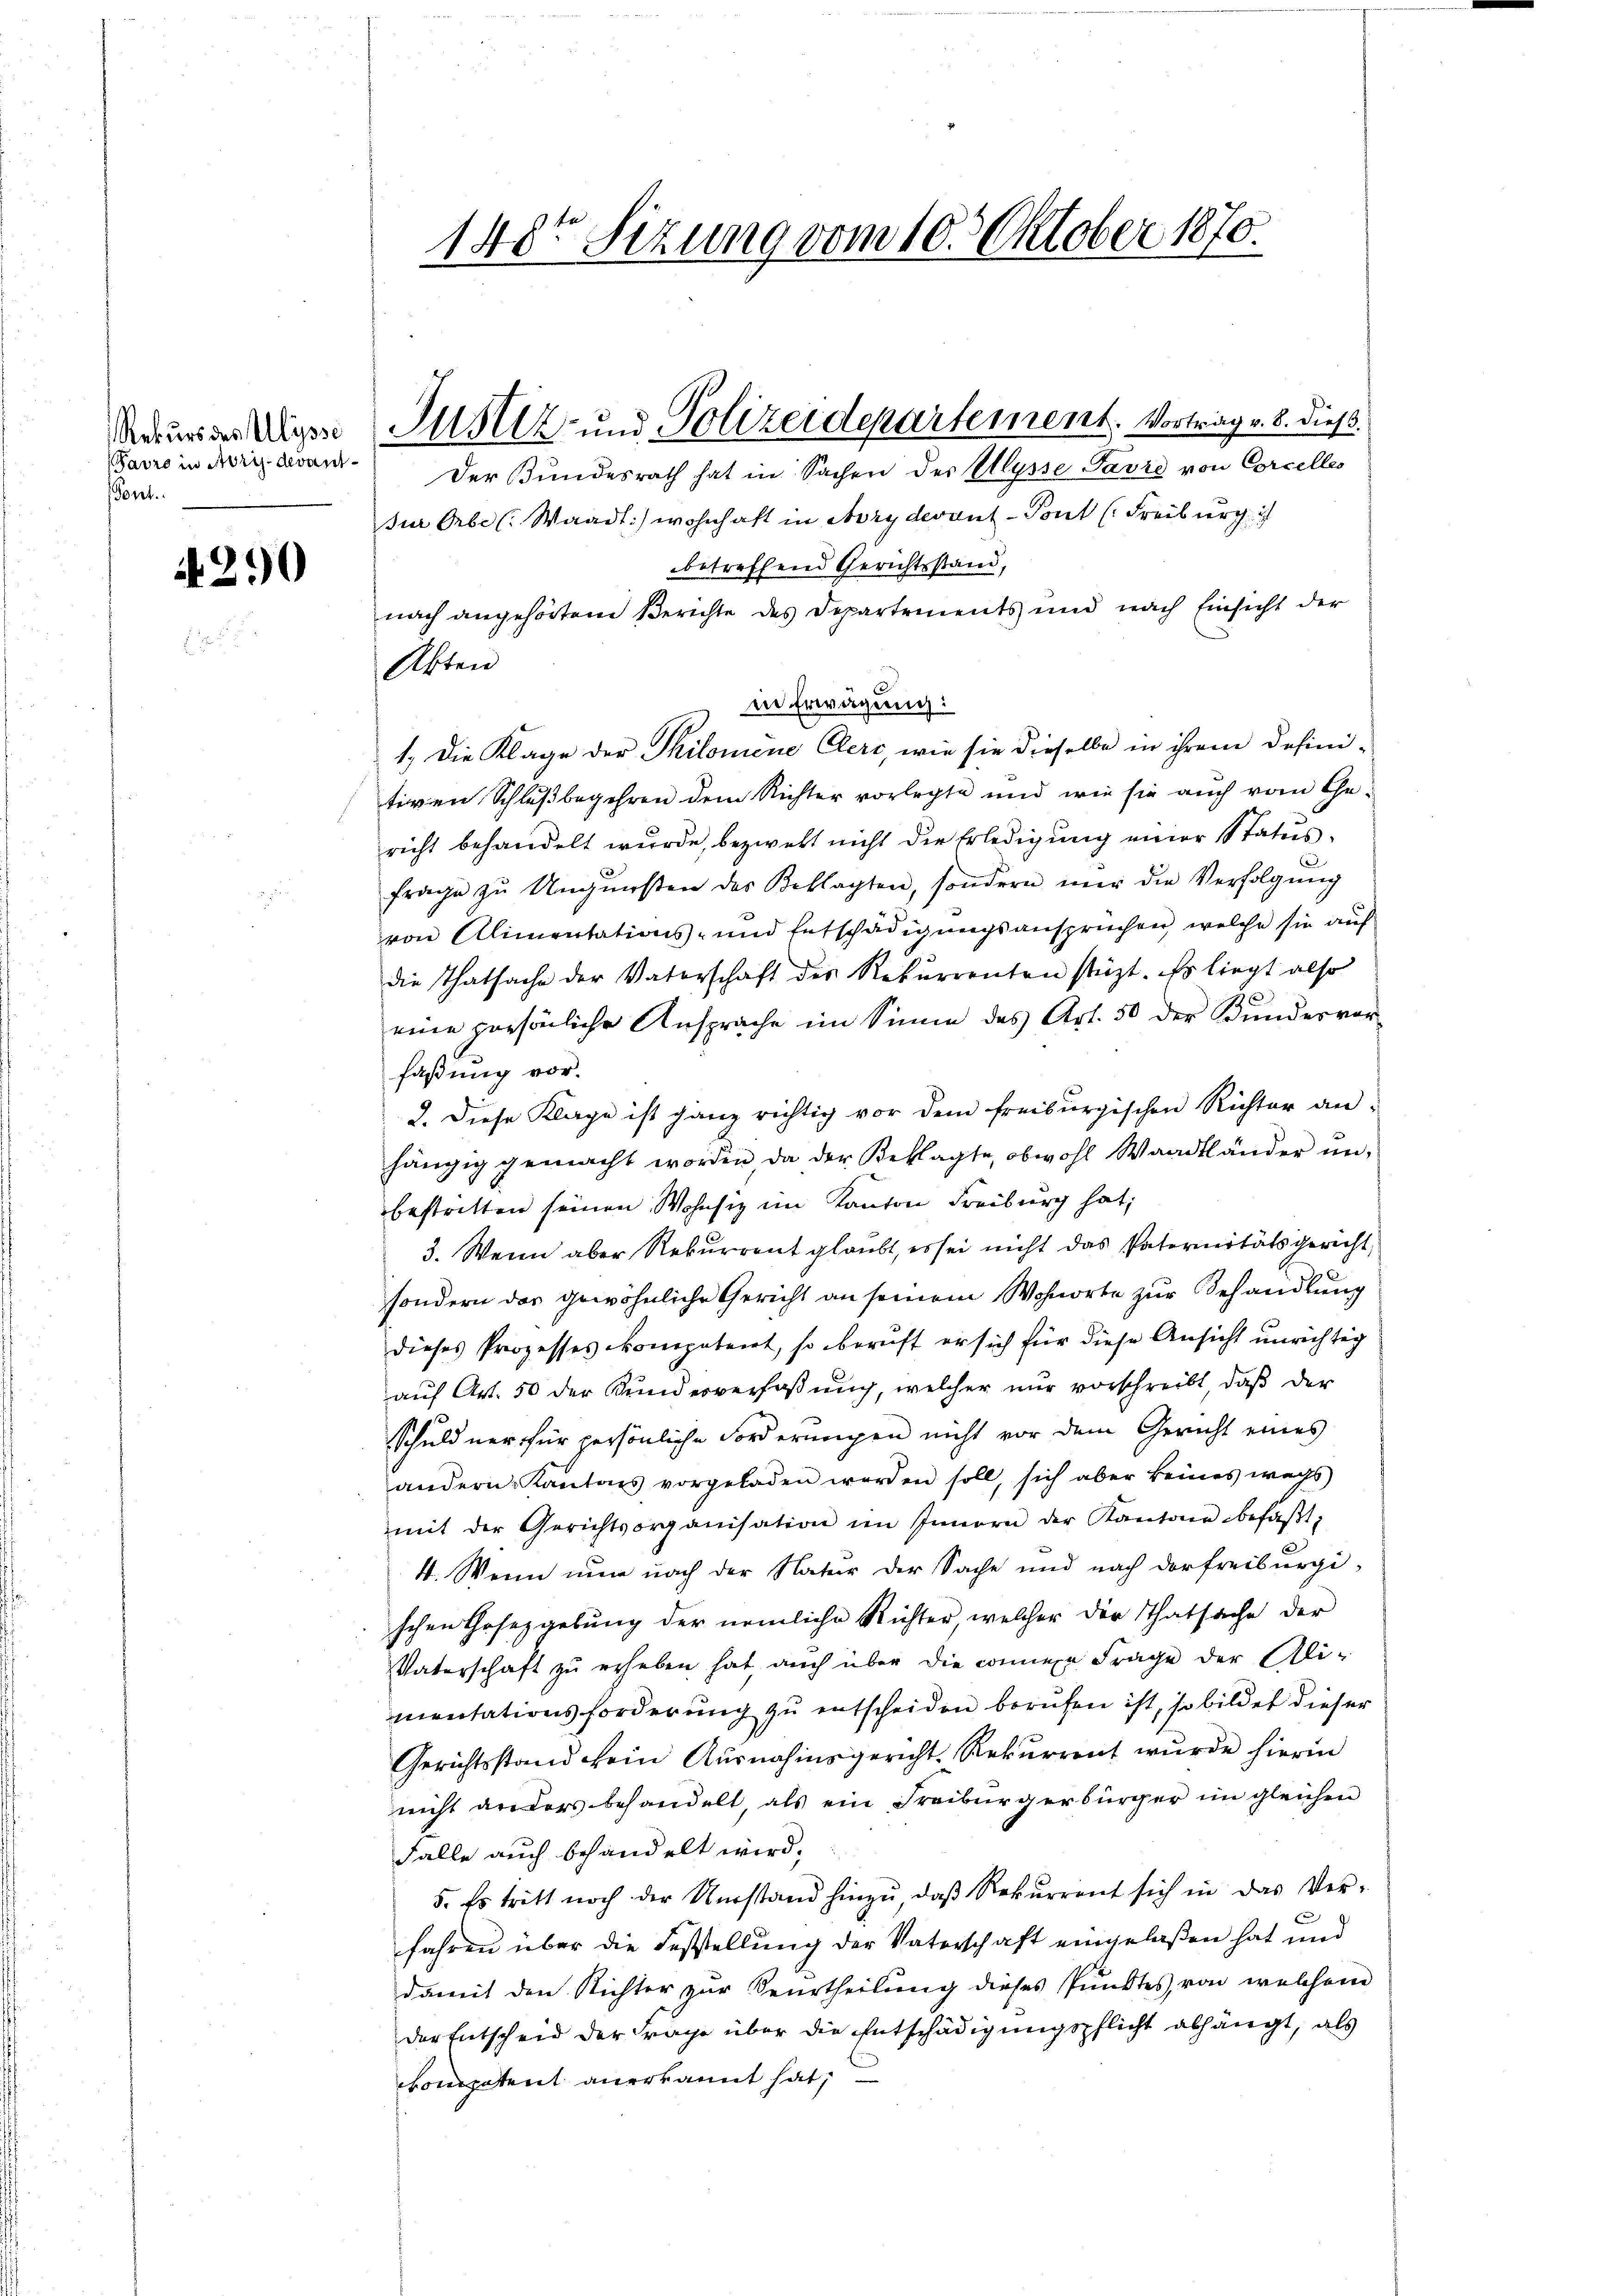
Rekurs des Ulysse
arro in Abris devant¬
Pont.

290

148ten Sizung vom 10. Oktober 1870.

Jur Orbe (: Waadt) wohnhaft in Avry devant - Pont (Freiburg i
betreffend Gerichtsstand,
nach angehörten Berichte des Departements und nach Einsicht der
Akten
in Erwägung:
1.) Die Klage der Philomene Clerc, wie sie dieselbe in ihrem defini-
tiven Schlußbegehren dem Richter vorlegte und wie sie auch vom Ge-
richt behandelt wurde, bezweft nicht die Erledigung einer Status.
frage zŭ Ungŭnsten des Beklagten, sondern mir die Verfolgŭng
von Alimentations- und Entschädigungsanspruchen, welche sie auf
die Thatsache der Vaterschaft der Rekurrenten stüzt. Es liegt also
eine persönliche Ansprache im Sinne des Art. 50 der Kundesvor
faßung vor.
2. Diese Klage ist ganz richtig vor dem Freiburgischen Richter an-
hängig gemacht worden da der Beklagte, obwohl Waadtländer nei-
bestritten seinen Wohnsiz im Kanton Freiburg hat,
3. Wenn aber Rekurrent glaubt, es sei nicht das Paternitätsgericht,
sondern das gewöhnliche Gericht an seinem Wohnorte zur Behandlung
dieses Prozesses kompetent, so beruft er sich für diese Ansicht unrichtig
auf Art. 50 der Kundesverfaßung, welcher nur vorschreibt, daß der
schuldner für persönliche Forderungen nicht vor dem Gericht eines
andern. Kantons vorgeladen worden soll, sich aber keines wegs
mit der Gerichtsorganisation im Innern der Kantone befaβt,
4. Wenn nun nach der Natur der Sache und nach derfreiburgischen Gesetzgebung der nämliche Richter welcher der Thatsache der
Vaterschaft zu erheben hat auch über die connene Frage der Ali-
mentationsforderung zu entscheiden berufen ist, so bildet dieser
Gerichtsstand kein Ausnahmsgericht. Rekurrent wurde hierin
nicht anders behandelt, als ein Freiburgerbürger im gleichen
Falle auch behandelt wird.
5. Es tritt noch der Umstand hinzŭ daβ Rekurrent sich in das Ver-
fahren über die Feststellung der Vaterschaft eingelaßen hat und
damit den Nichter zur Beurtheilung dieses Punktes, von welchem
der Entscheid der Frage über die Entschädigungspflicht abhängt, als
competent anerkannt hat,

Justiz- und Polizeidepartement. Vortrag v. 8. dieß.
Der Bundesrath hat in Sachen des Ulysse Favre von Corcelles